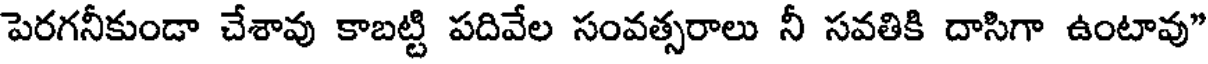
పెరగనీకుండా చేశావు కాబట్టి పదివేల సంవత్సరాలు నీ సవతికి దాసిగా ఉంటావు"